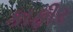
કાફીર